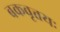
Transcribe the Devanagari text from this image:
बकवृत्तयः